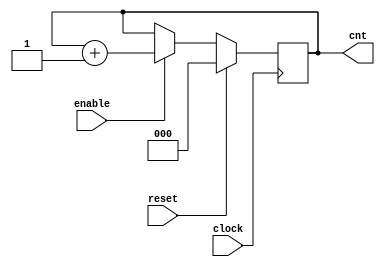
module counter
#(parameter BIT = 3)
(
	input clock, reset, enable,
	output reg [BIT-1:0] cnt
);

always @(posedge clock)
begin
	if (reset)
		cnt <= 0;
	else if (enable) begin
		cnt <= cnt + 1;
	end
end
endmodule